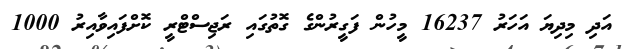
އަދި މިދިޔަ އަހަރު 16237 މީހުން ފަގީރުންގެ ގޮތުގައި ރަޖިސްޓްރީ ކޮށްފައިވާއިރު 1000